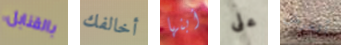
بالقنابل أخالفك أبنها على أتعرض